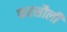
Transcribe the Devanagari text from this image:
फरसौली